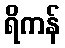
ရိကန်